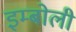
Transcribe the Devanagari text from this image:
इम्बोली